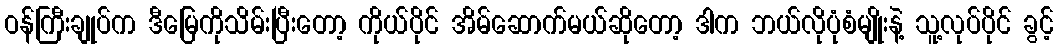
ဝန်ကြီးချုပ်က ဒီမြေကိုသိမ်းပြီးတော့ ကိုယ်ပိုင် အိမ်ဆောက်မယ်ဆိုတော့ ဒါက ဘယ်လိုပုံစံမျိုးနဲ့ သူ့လုပ်ပိုင် ခွင့်